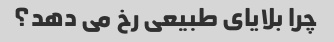
چرا بلایای طبیعی رخ می دهد؟